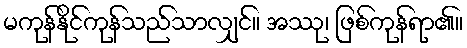
မကုန်နိုင်ကုန်သည်သာလျှင်။ အဿု၊ ဖြစ်ကုန်ရာ၏။